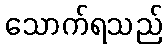
သောက်ရသည်